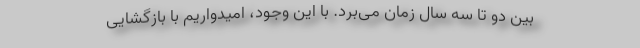
بین دو تا سه سال زمان می‌برد. با این وجود، امیدواریم با بازگشایی